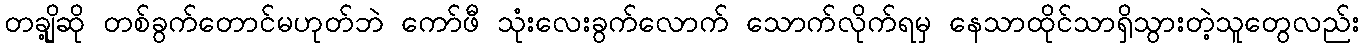
တချို့ဆို တစ်ခွက်တောင်မဟုတ်ဘဲ ကော်ဖီ သုံးလေးခွက်လောက် သောက်လိုက်ရမှ နေသာထိုင်သာရှိသွားတဲ့သူတွေလည်း